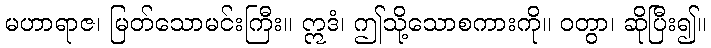
မဟာရာဇ၊ မြတ်သောမင်းကြီး။ ဣဒံ၊ ဤသို့သောစကားကို။ ဝတွာ၊ ဆိုပြီး၍။